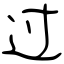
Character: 过